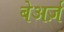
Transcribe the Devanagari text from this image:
बेअर्ज़